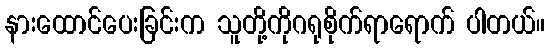
နားထောင်ပေးခြင်းက သူတို့ကိုဂရုစိုက်ရာရောက် ပါတယ်။